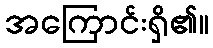
အကြောင်းရှိ၏။